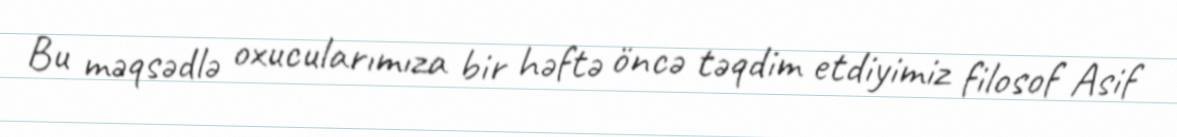
Bu məqsədlə oxucularımıza bir həftə öncə təqdim etdiyimiz filosof Asif